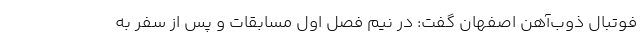
فوتبال ذوب‌آهن اصفهان گفت: در نیم فصل اول مسابقات و پس از سفر به